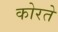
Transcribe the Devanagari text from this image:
कोरते